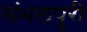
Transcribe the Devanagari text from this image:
संभलपुरी